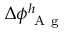
\Delta \phi _ { \mathrm { ~ A ~ g ~ } } ^ { h }